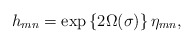
\begin{align*}h_{mn}=\exp\left\{2\Omega(\sigma)\right\} \eta_{mn},\end{align*}